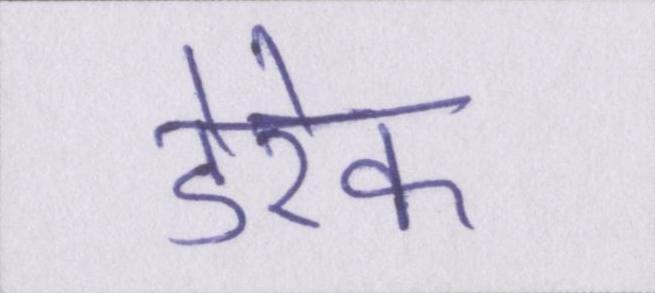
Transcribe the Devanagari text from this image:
डेरेक